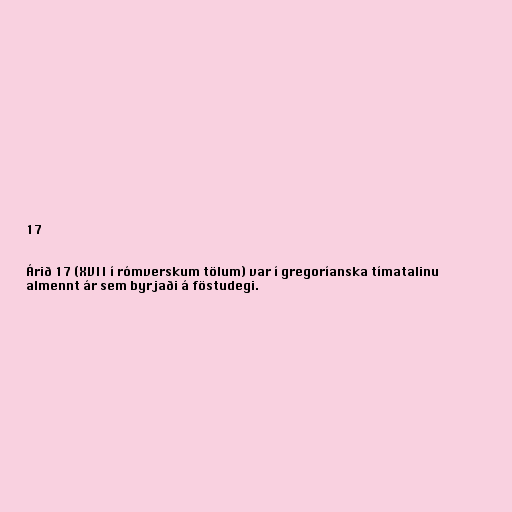
17

Árið 17 (XVII í rómverskum tölum) var í gregoríanska tímatalinu
almennt ár sem byrjaði á föstudegi.